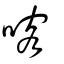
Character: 喀